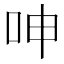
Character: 呻